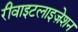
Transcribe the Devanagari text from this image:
रीवाइटलाइज़ेशन